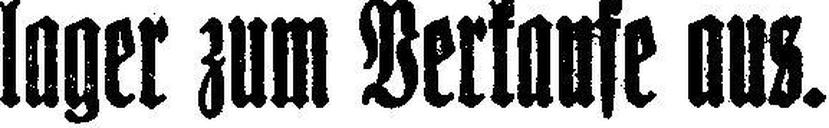
lager zum Verkaufe aus.